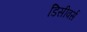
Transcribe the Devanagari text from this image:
डिसीवर्स